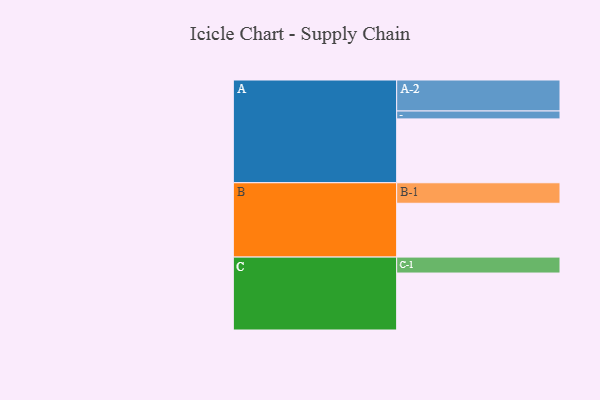
{"axis": {"x": "Segment", "y": "Value"}, "legend": ["", "A", "B", "C"], "data": [{"x": "A", "y": 573, "type": ""}, {"x": "B", "y": 483, "type": ""}, {"x": "C", "y": 511, "type": ""}, {"x": "A-1", "y": 71, "type": "A"}, {"x": "A-2", "y": 278, "type": "A"}, {"x": "B-1", "y": 184, "type": "B"}, {"x": "C-1", "y": 143, "type": "C"}]}